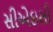
સીએઇસી